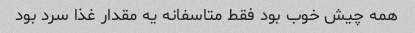
همه چیش خوب بود فقط متاسفانه یه مقدار غذا سرد بود